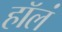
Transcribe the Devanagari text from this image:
हॉलं